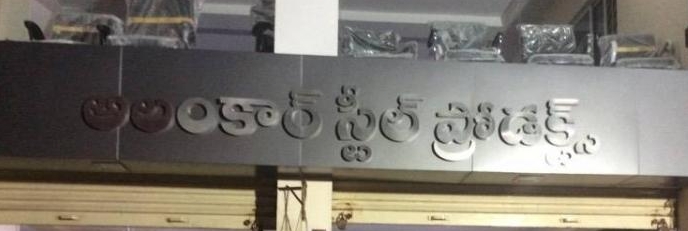
Language: telugu
Transcription: స్టిల్ అలంకార్ ప్రొడక్ట్స్